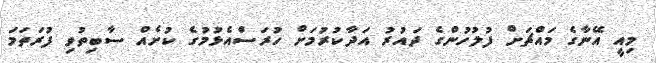
މިއީ އޭނާގެ މައްޗަށް ފުލުހުންގެ ދައުރު އަދާކުރުމަށް ހުރަސްއެޅުމުގެ ކުށެއް ސާބިތުވި ފުރަތަމަ